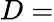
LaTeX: D=